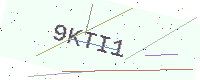
Text: 9KTI1